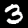
Digit: 3